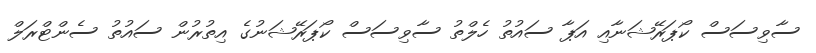
ސާވިސަސް ކޯޕަރޭޝަނާއި އަޕާ ސައުތު ހެލްތު ސާވިސަސް ކޯޕަރޭޝަނުގެ އިތުރުން ސައުތު ސެންޓްރަލް